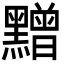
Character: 𪒟